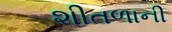
શીતળાની